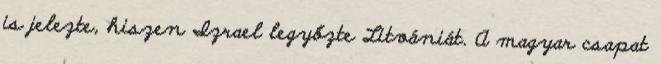
is jelezte, hiszen Izrael legyőzte Litvániát. A magyar csapat